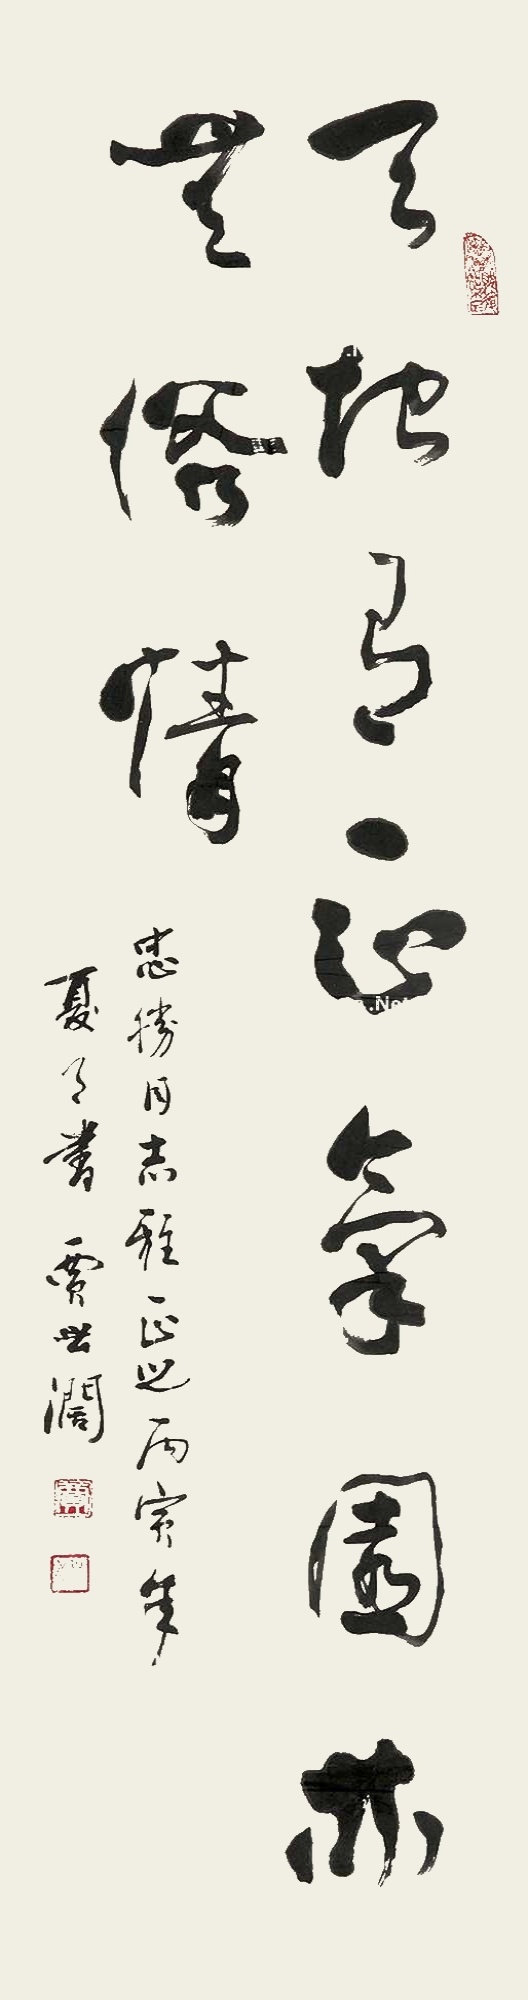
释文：天地有正气园林无俗情。忠胜同志雅正之，丙寅(1986)年夏月书，贾世濶。